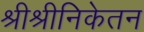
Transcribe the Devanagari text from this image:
श्रीश्रीनिकेतन